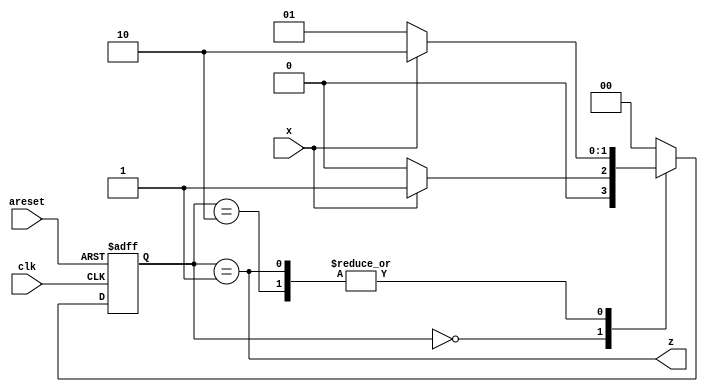
module top_module (
    input clk,
    input areset,
    input x,
    output z
); 
    
    parameter A=2'b00, B=2'b01, C=2'b10;
    reg [1:0] state, state_next;
    
    always @(posedge clk or posedge areset)
        begin
            if (areset)
            state <= A;
    		else
            state <= state_next;
    	end
    
    always @(*)
        begin
            case (state)
                A: begin
                    if (x) state_next <= B;
                    else   state_next <= A;
                end
                B: begin
                    if (x) state_next <= C;
                    else   state_next <= B;
                end
                C: begin
                    if (x) state_next <= C;
                    else   state_next <= B;
                end
                default:   state_next <= A;
            endcase
        end
    
    assign z = (state == B);
        
endmodule